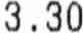
3.30